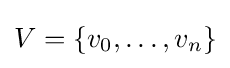
V=\{v_{0},\ldots ,v_{n}\}